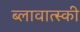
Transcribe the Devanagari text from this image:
ब्लावात्स्की